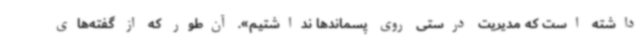
داشته است که مدیریت درستی روی پسماندها نداشتیم». آن‌طور که از گفته‌های